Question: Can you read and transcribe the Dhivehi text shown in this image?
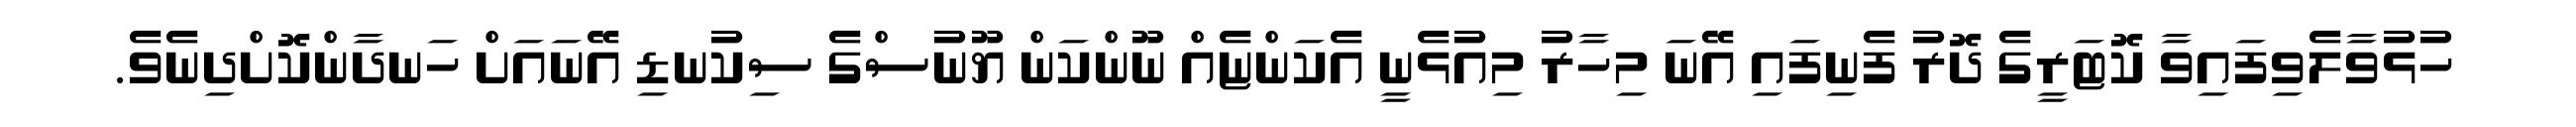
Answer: ހުޅުވާލެވިފައިވާ ކޮޓަރީގެ ދޮރު ފެނިފައި އޭނަ މިހާރު މިއުޅެނީ އެކަންޏެއް ނޫންކަން ޔޫނުސްގެ ސިކުނޑި އޭނައަށް ހަނދާންކޮށްދިނެވެ.